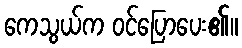
ကေသွယ်က ဝင်ပြောပေး၏။